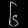
Digit: ၆